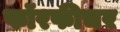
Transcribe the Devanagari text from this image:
फॉरफीचर